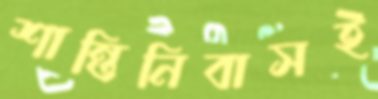
শান্তিনিবাসই